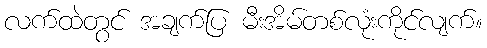
လက်ထဲတွင် အချက်ပြ မီးအိမ်တစ်လုံးကိုင်လျက်။